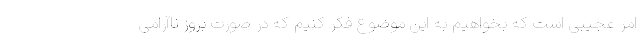
امر عجیبی است که بخواهیم به این موضوع فکر کنیم که در صورت بروز ناآرامی